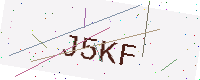
Text: J5KF